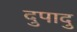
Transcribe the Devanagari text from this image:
दुपादु